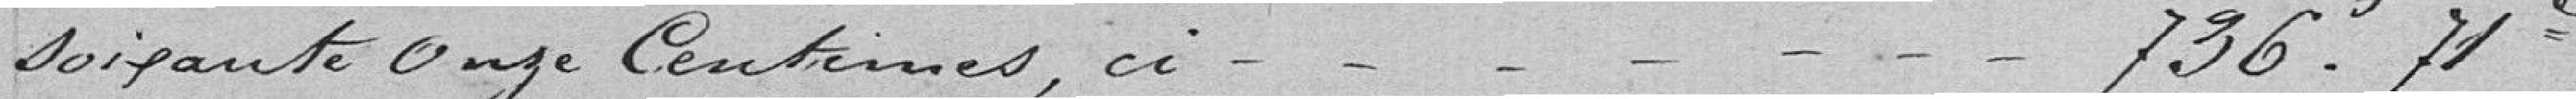
soixante onze centimes, ci ................. 736, 71 francs